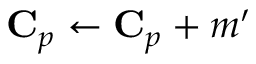
\mathbf { C } _ { p } \gets \mathbf { C } _ { p } + m ^ { \prime }